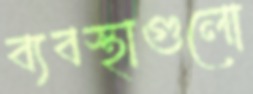
ব্যবস্থাগুলো